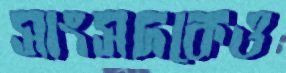
সাংসদকেও